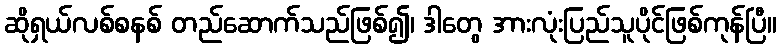
ဆိုရှယ်လစ်စနစ် တည်ဆောက်သည်ဖြစ်၍၊ ဒါတွေ အားလုံးပြည်သူပိုင်ဖြစ်ကုန်ပြီ။